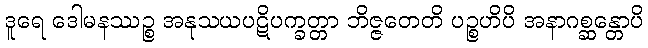
ဒူရေ ဒေါမနဿဉ္စ အနုသယပဋိပက္ခတ္တာ ဘိဇ္ဇတေတိ ပဉ္စဟိပိ အနာဂစ္ဆန္တောပိ